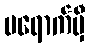
မရောက်မှီ